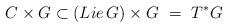
LaTeX: \begin{align*}C\times G \subset (Lie\, G) \times G \ =\ T^*G\end{align*}